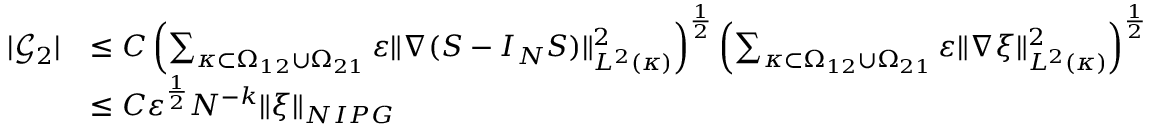
\begin{array} { r l } { | \mathcal { G } _ { 2 } | } & { \le C \left( \sum _ { \kappa \subset \Omega _ { 1 2 } \cup \Omega _ { 2 1 } } \varepsilon \Vert \nabla ( S - I _ { N } S ) \Vert _ { L ^ { 2 } ( \kappa ) } ^ { 2 } \right) ^ { \frac { 1 } { 2 } } \left( \sum _ { \kappa \subset \Omega _ { 1 2 } \cup \Omega _ { 2 1 } } \varepsilon \Vert \nabla \xi \Vert _ { L ^ { 2 } ( \kappa ) } ^ { 2 } \right) ^ { \frac { 1 } { 2 } } } \\ & { \le C \varepsilon ^ { \frac { 1 } { 2 } } N ^ { - k } \Vert \xi \Vert _ { N I P G } } \end{array}